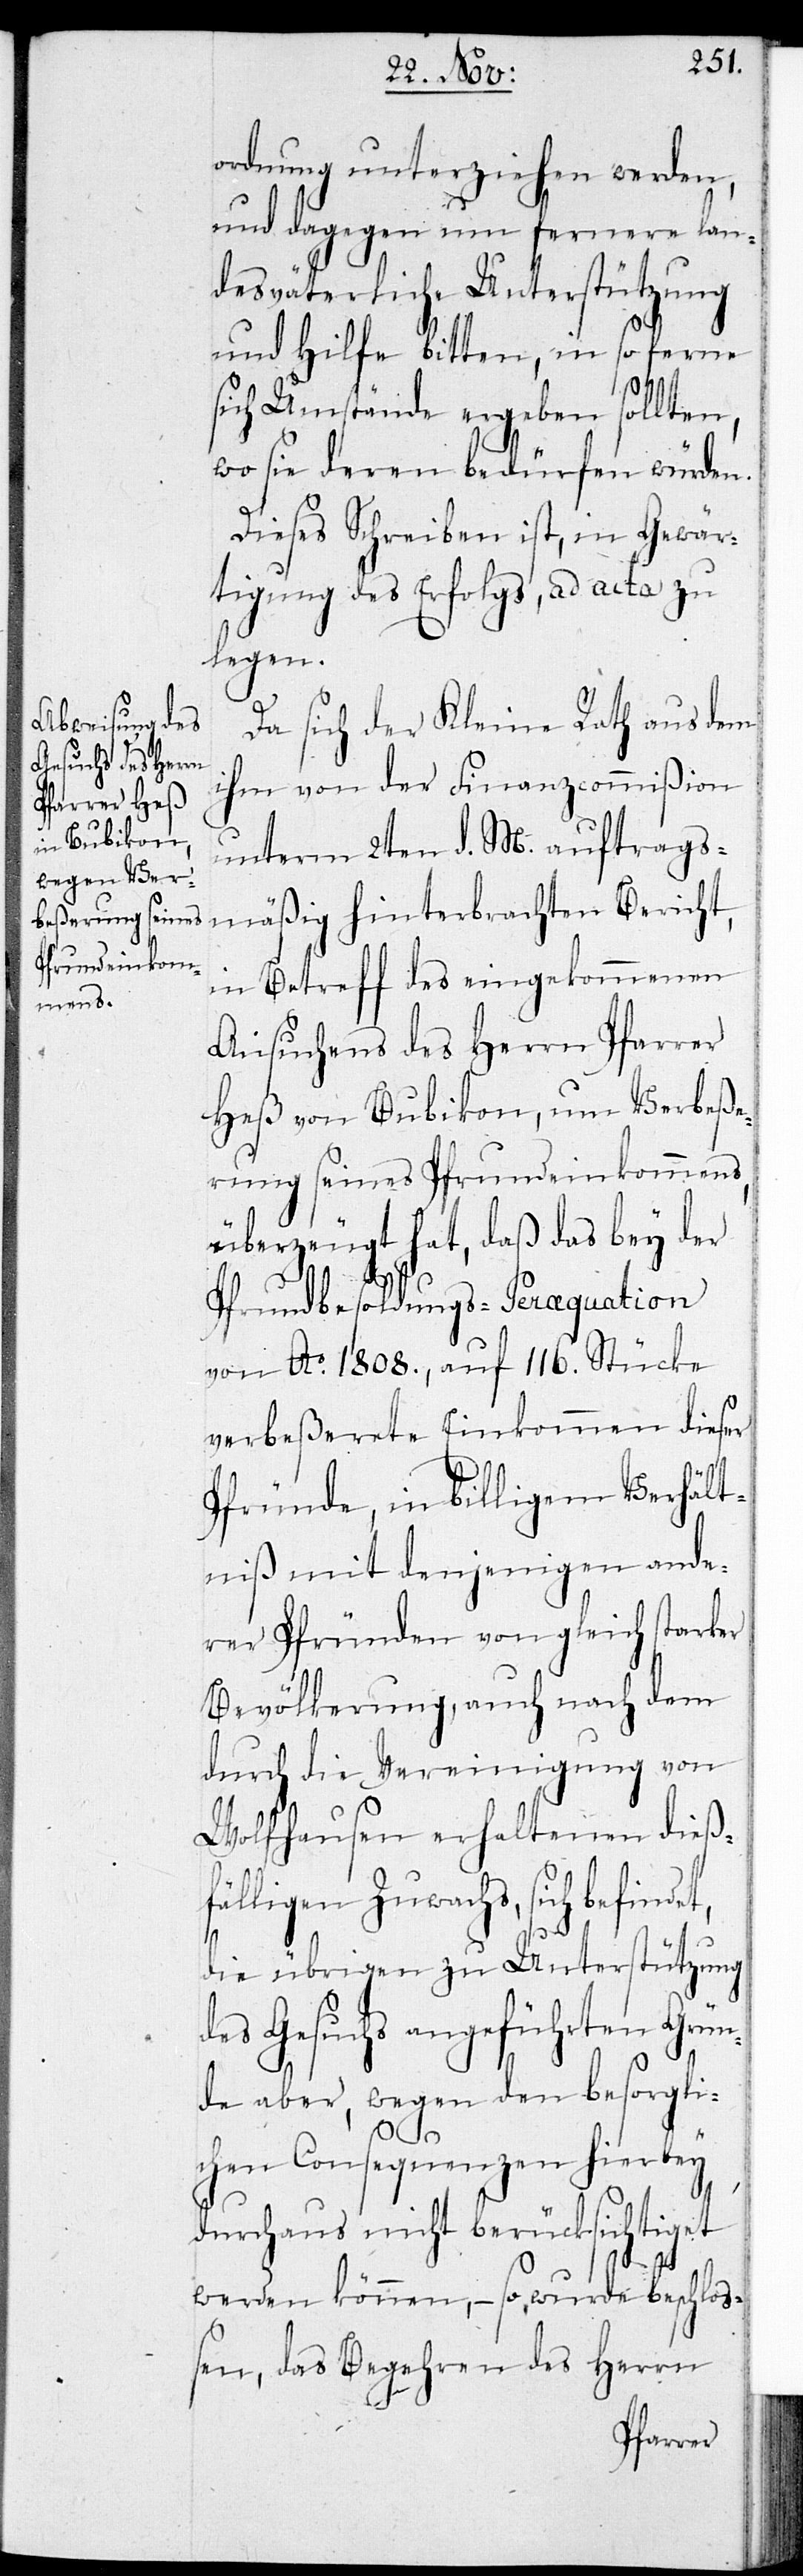
ordnung unterziehen werden,
und dagegen um fernere lan¬
desväterliche Unterstützung
und Hilfe bitten, in so ferne
sich Umstände ergeben sollten,
wo sie deren bedürfen würden.
Dieses Schreiben ist, in Gewär¬
tigung des Erfolgs, ad acta zu
legen.
Da sich der Kleine Rath aus dem
ihm von der Finanzcommißion
unterm 2ten d. M. auftrags¬
mäßig hinterbrachten Bericht,
in Betreff des eingekommenen
Ansuchens des Herrn Pfarrer
Heß von Bubikon, um Verbeße¬
rung seines Pfrundeinkommens,
überzeugt hat, daß, da bey der
Pfrundbesoldungs-Peraequation
von Ao 1808., auf 116. Stücke
verbeßerete Einkommen dieser
Pfründe, in billigem Verhält¬
niß mit denjenigen ande¬
rer Pfründen von gleich starker
Bevölkerung, auch nach dem
durch die Vereinigung on
Wolfhausen erhaltenen dieß¬
fälligen Zuwachs, sich befind¬
die übrigen zu Unterstützung
des Gesuchs angeführten Grün¬
de aber, wegen den besorgli¬
chen Consequenzen hierbey
durchaus nicht berücksichtiget
et,
werden können, – so wurde beschlo¬
ßen, das Begehren des Herrn